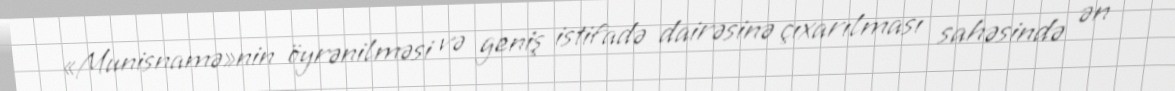
«Munisnamə»nin öyrənilməsi və geniş istifadə dairəsinə çıxarılması sahəsində ən